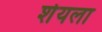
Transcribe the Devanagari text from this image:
शेयला